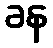
ခန